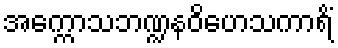
အက္ကောသဘဏ္ဍနဝိဟေသကာရိံ